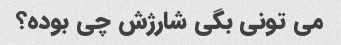
می تونی بگی شارژش چی بوده؟